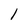
Character: l